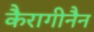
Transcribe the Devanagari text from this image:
कैरागीनैन